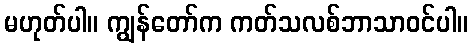
မဟုတ်ပါ။ ကျွန်တော်က ကတ်သလစ်ဘာသာဝင်ပါ။